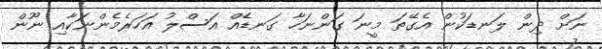
ނަށް ދިން ލަނޑަކުން އެގޭތަ މީނަ ގަންނަހާ ގަނޑެއް އަސްލު އަހަރެމެންނަކާއި ނޫން